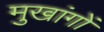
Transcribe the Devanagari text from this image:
मुखांगों